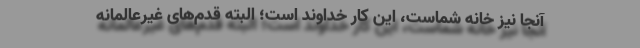
آنجا نیز خانه شماست، این کار خداوند است؛ البته قدم‌های غیرعالمانه